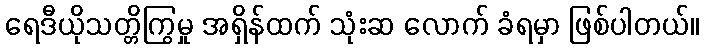
ရေဒီယိုသတ္တိကြွမှု အရှိန်ထက် သုံးဆ လောက် ခံရမှာ ဖြစ်ပါတယ်။